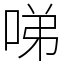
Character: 㖒